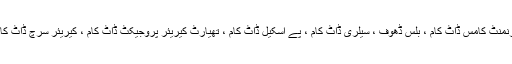
ذرائع: ورک ڈاٹ کامون ڈاٹ کام ، ایجنسی.گو گورنمنٹ کامس ڈاٹ کام ، بلس ڈھوف ، سیلری ڈاٹ کام ، پے اسکیل ڈاٹ کام ، تھیارٹ کیریئر پروجیکٹ ڈاٹ کام ، کیریئر سرچ ڈاٹ کام ، بزنس سائنڈر ڈاٹ کام ، ہفنگٹن پوسٹ ڈاٹ کام۔